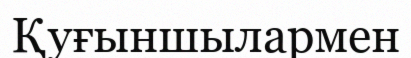
Қуғыншылармен